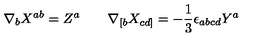
\nabla _ { b } X ^ { a b } = Z ^ { a } \qquad \nabla _ { [ b } X _ { c d ] } = - \frac { 1 } { 3 } \epsilon _ { a b c d } Y ^ { a }